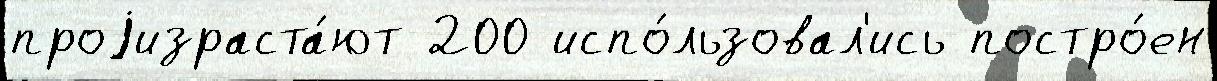
проjизраста́ют 200 испо́льзовал'ись постро́ен